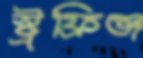
স্ট্রফ্রিঞ্জ